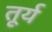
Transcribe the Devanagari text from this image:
तूर्य